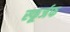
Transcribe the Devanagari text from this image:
स्फूर्जफ